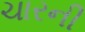
ચારની